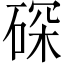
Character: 𱴑